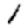
Digit: 1